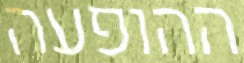
ההופעה